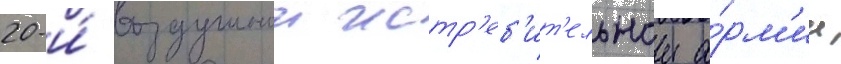
20-и́ воздушнои истр'еб'ит'ельнои а́рм'ии